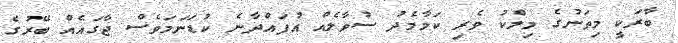
ބާރަކީ މިތަނުގެ މިލްކު ވެރި ކަމާމެދު ސުވާލެއް އުފައްދާނެ ކުޑަނަމަވެސް ޖާގައެއް ބޭރުގެ